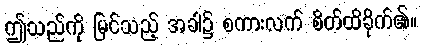
ဤသည်ကို မြင်သည့် အခါ၌ စကားလက် စိတ်ထိခိုက်၏။